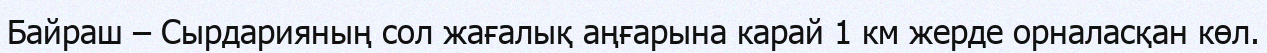
Байраш – Сырдарияның сол жағалық аңғарына карай 1 км жерде орналасқан көл.